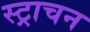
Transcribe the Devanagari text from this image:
स्ट्राचन